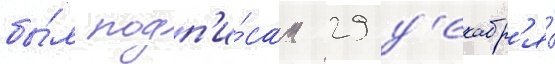
бы́л подп'и́сан 29 д'екабр'я́